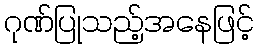
ဂုဏ်ပြုသည့်အနေဖြင့်